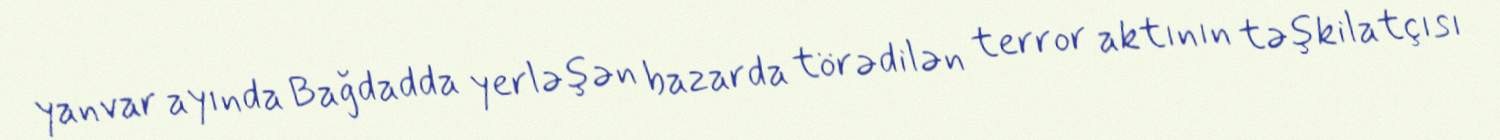
yanvar ayında Bağdadda yerləşən bazarda törədilən terror aktının təşkilatçısı